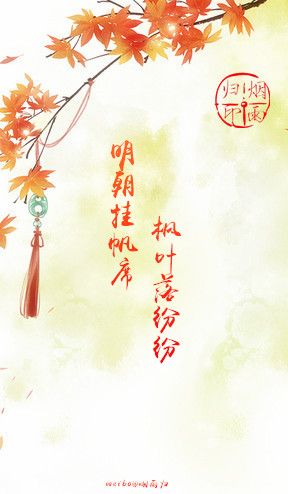
明朝挂帆席，枫叶落纷纷。